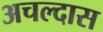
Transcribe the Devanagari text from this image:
अचल्दास